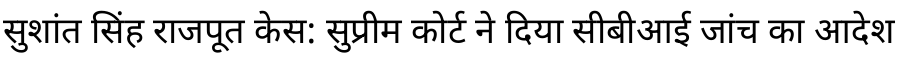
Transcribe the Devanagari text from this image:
सुशांत सिंह राजपूत केस: सुप्रीम कोर्ट ने दिया सीबीआई जांच का आदेश